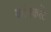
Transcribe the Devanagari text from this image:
कॉनकरेंट